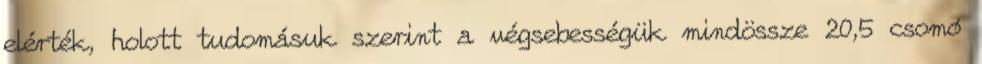
elérték, holott tudomásuk szerint a végsebességük mindössze 20,5 csomó